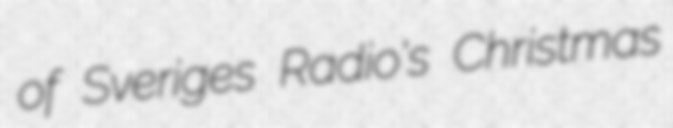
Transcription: of Sveriges Radio's Christmas